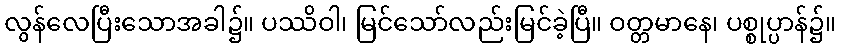
လွန်လေပြီးသောအခါ၌။ ပဿိဝါ၊ မြင်သော်လည်းမြင်ခဲ့ပြီ။ ဝတ္တမာနေ၊ ပစ္စုပ္ပာန်၌။